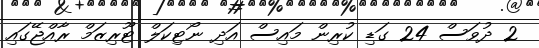
2 ދުވަސް 24 ގަޑި ކުރިން މައިސް އަދި ނޯޓިކަލް ޓޫރިޒަމް ރާއްޖޭގައި